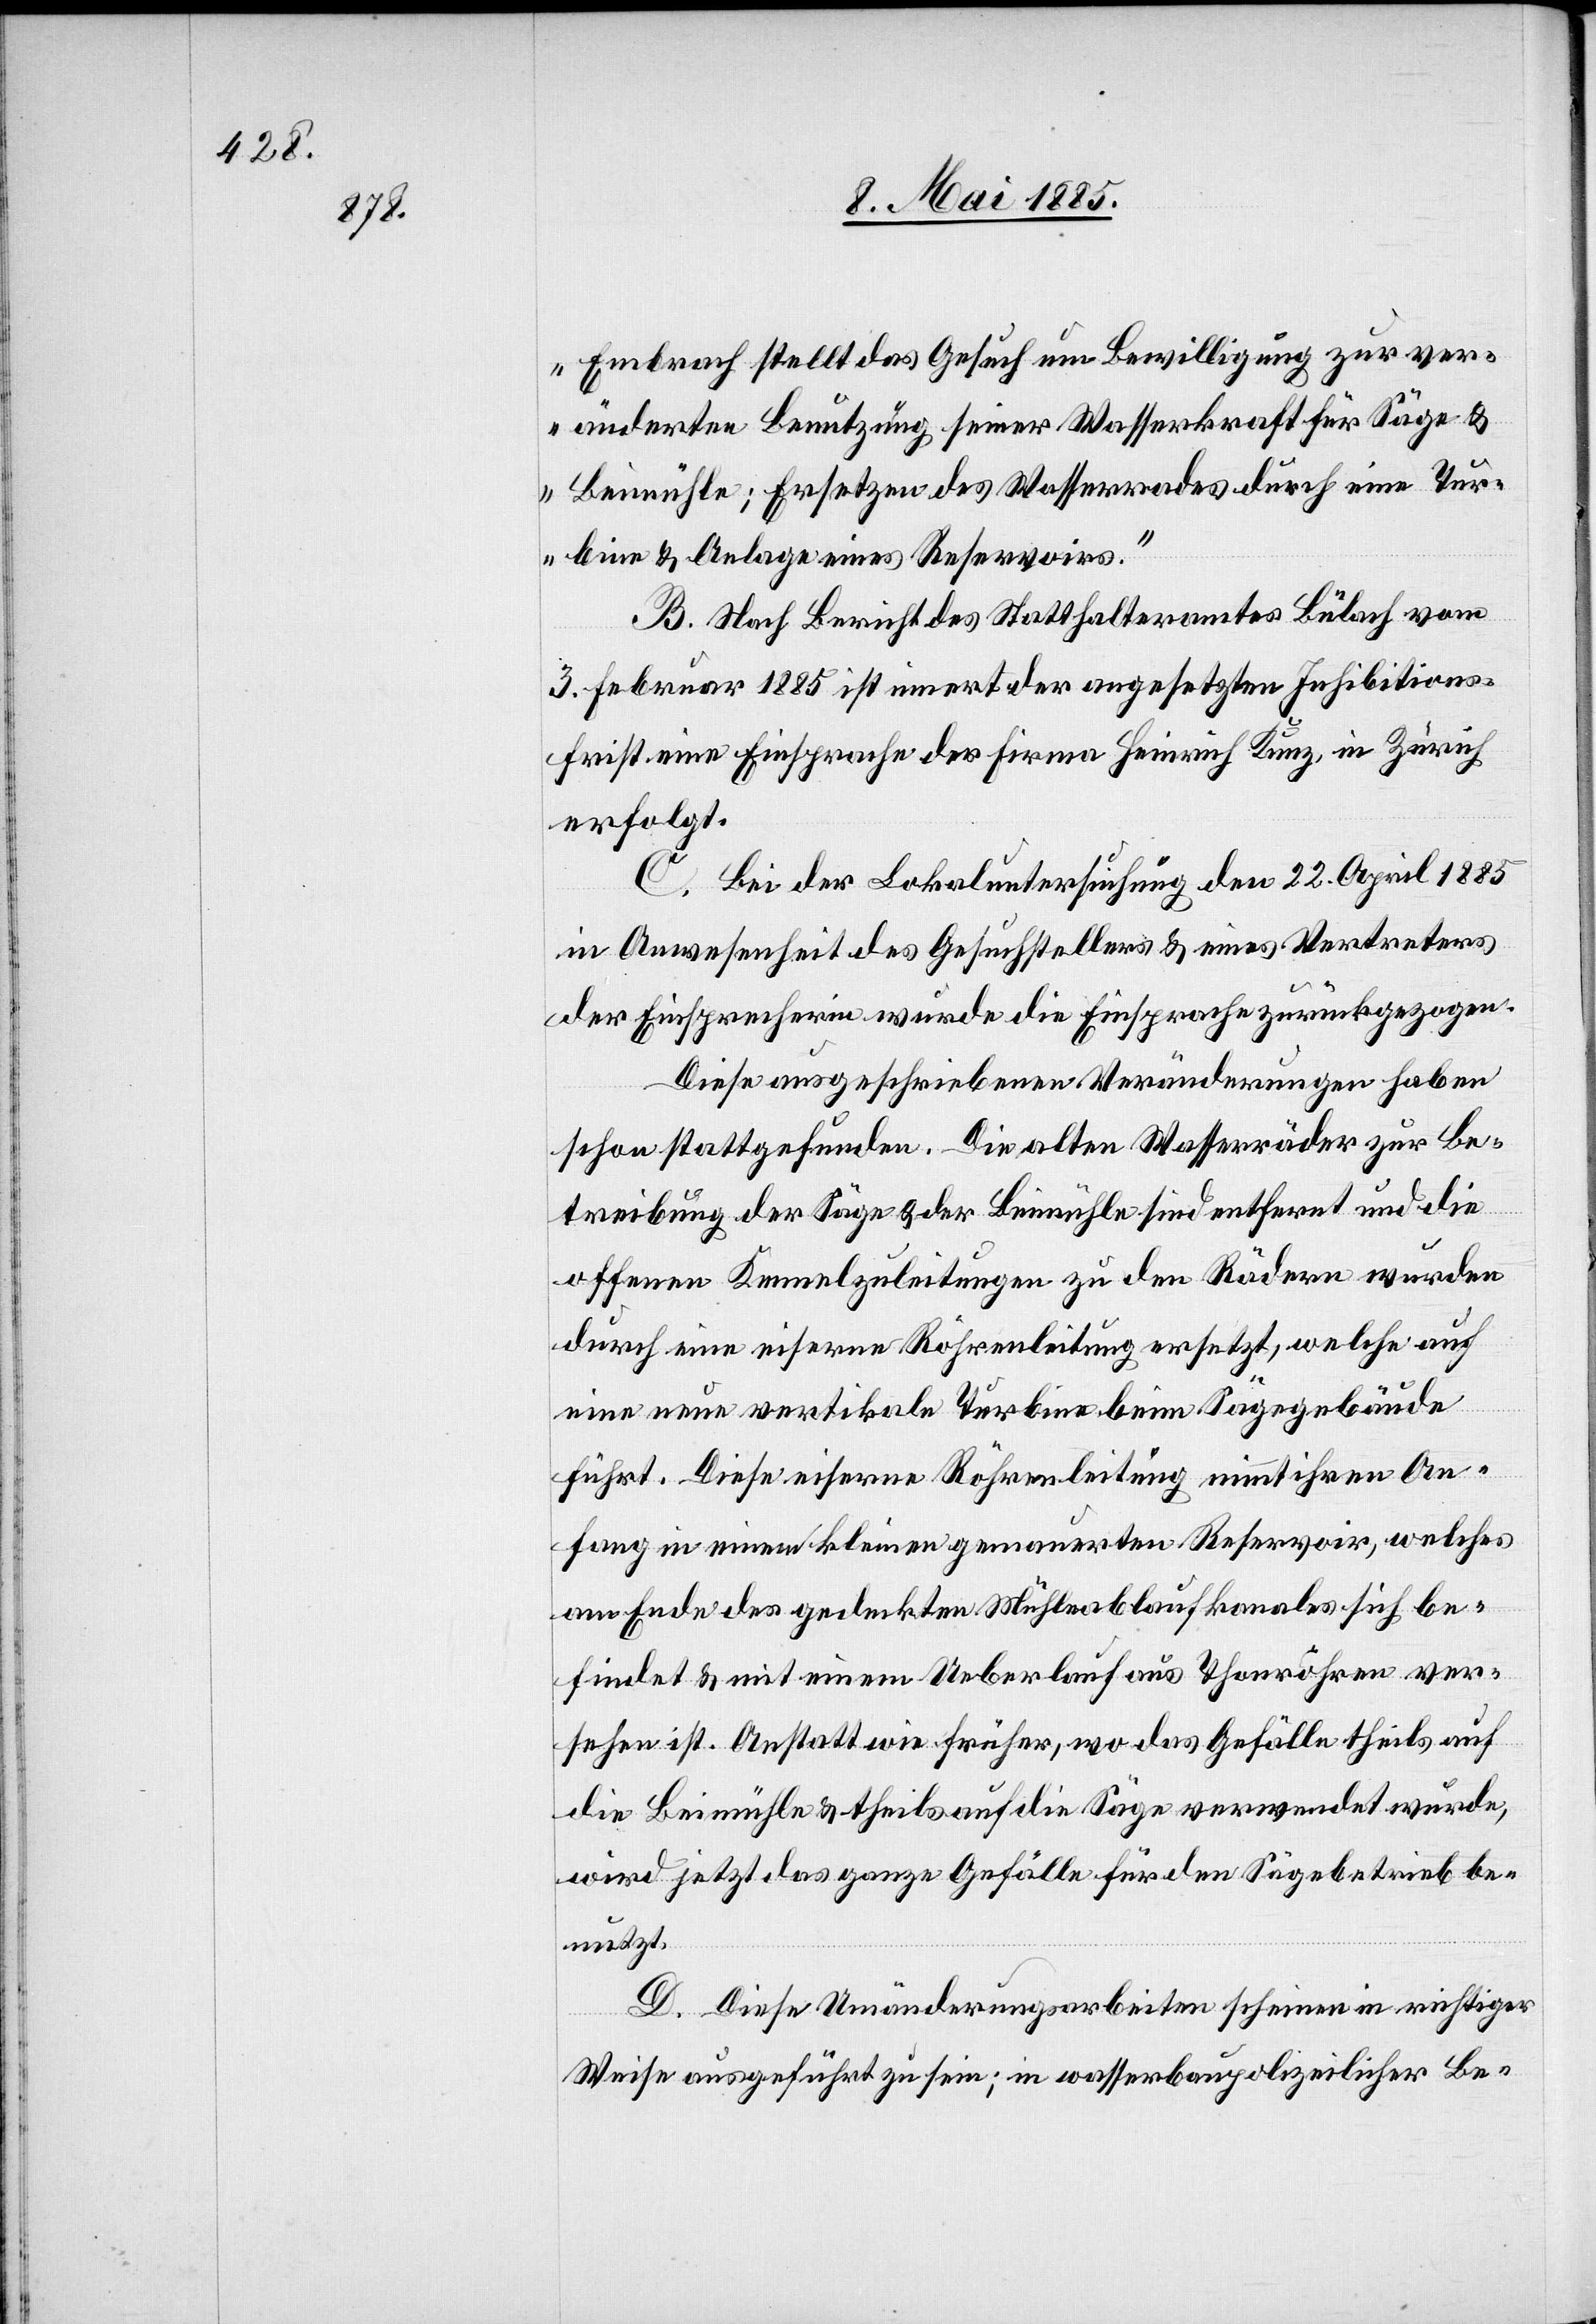
Embrach stellt das Gesuch um Bewilligung zur ver¬
änderten Benützung seiner Wasserkraft für Säge- &
Beimühle; Ersetzen des Wasserrades durch eine Tur¬
bine & Anlage eines Reservoirs.“
B. Nach Bericht des Statthalteramtes Bülach vom
3. Februar 1885 ist innert der angesetzten Inhibitions¬
frist eine Einsprache der Firma Heinrich Kunz, in Zürich
erfolgt.
C. Bei der Lokaluntersuchung den 22. April 1885
in Anwesenheit des Gesuchstellers & eines Vertreters
der Einsprecherin wurde die Einsprache zurückgezogen.
Diese ausgeschriebenen Veränderungen haben
schon stattgefunden. Die alten Wasserräder zur Be¬
treibung der Säge & der Beimühle sind entfernt und die
offenen Kennelzuleitungen zu den Rädern wurden
durch eine eiserne Röhrenleitung ersetzt, welche auf
eine neue vertikale Turbine beim Sägegebäude
führt. Diese eiserne Röhrenleitung nimmt ihren An¬
fang in einem kleinen gemauerten Reservoirs, welches
am Ende des gedeckten Mühleablaufkanals sich be¬
findet & mit einem Ueberlauf aus Thonröhren ver¬
sehen ist. Anstatt wie früher, wo das Gefälle theils auf
die Beimühle & theils auf die Säge verwendet wurde,
wird jetzt das ganze Gefälle für den Sägebetrieb be¬
nutzt.
D. Diese Umänderungsarbeiten scheinen in richtiger
Weise ausgeführt zu sein; in wasserbaupolizeilicher Be-